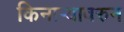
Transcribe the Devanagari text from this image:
किनार्‍यावरुन